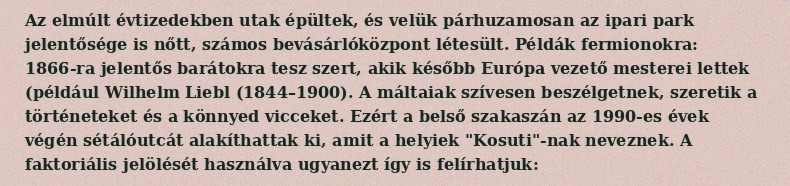
Az elmúlt évtizedekben utak épültek, és velük párhuzamosan az ipari park jelentősége is nőtt, számos bevásárlóközpont létesült. Példák fermionokra: 1866-ra jelentős barátokra tesz szert, akik később Európa vezető mesterei lettek (például Wilhelm Liebl (1844–1900). A máltaiak szívesen beszélgetnek, szeretik a történeteket és a könnyed vicceket. Ezért a belső szakaszán az 1990-es évek végén sétálóutcát alakíthattak ki, amit a helyiek "Kosuti"-nak neveznek. A faktoriális jelölését használva ugyanezt így is felírhatjuk: